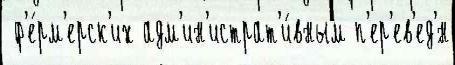
 ф'е́рм'ерск'их адм'ин'истрат'и́вным п'ер'ев'ед'́н